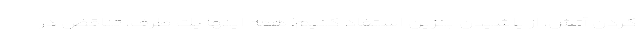
كردن آتش، از پاشيدن بنزين استفاد كنيم! همه اينها يك طرف، تناقض در